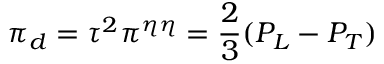
\pi _ { d } = \tau ^ { 2 } \pi ^ { \eta \eta } = \frac { 2 } { 3 } ( P _ { L } - P _ { T } )